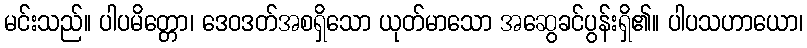
မင်းသည်။ ပါပမိတ္တော၊ ဒေဝဒတ်အစရှိသော ယုတ်မာသော အဆွေခင်ပွန်းရှိ၏။ ပါပသဟာယော၊